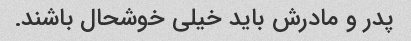
پدر و مادرش باید خیلی خوشحال باشند.